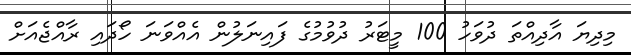
މިދިޔަ އާދިއްތަ ދުވަހު 100 މީޓަރު ދުވުމުގެ ފައިނަލުން އެއްވަަނަ ހޯދައި ރާއްޖެއަށް